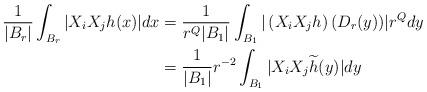
LaTeX: \begin{align*}\frac{1}{|B_{r}|}\int_{B_{r}}|X_{i}X_{j}h(x)|dx & =\frac{1}{r^{Q}|B_{1}|}\int_{B_{1}}|\left( X_{i}X_{j}h\right) (D_{r}(y))|r^{Q}dy\ \\& =\frac{1}{|B_{1}|}r^{-2}\int_{B_{1}}|X_{i}X_{j}\widetilde{h}(y)|dy\end{align*}